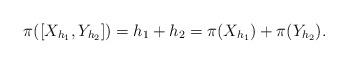
LaTeX: \begin{align*}\pi([X_{h_1},Y_{h_2}])=h_1+h_2=\pi(X_{h_1})+\pi(Y_{h_2}).\end{align*}